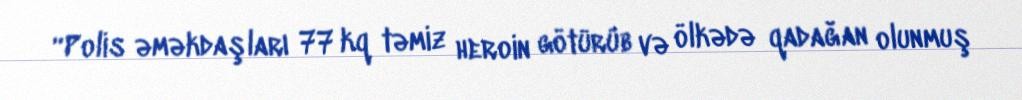
“Polis əməkdaşları 77 kq təmiz heroin götürüb və ölkədə qadağan olunmuş